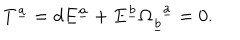
T ^ { \underline { { a } } } = d E ^ { \underline { { a } } } + E ^ { \underline { { b } } } \Omega _ { \underline { { b } } } ^ { ~ ~ \underline { { a } } } = 0 .